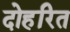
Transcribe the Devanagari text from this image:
दोहरित